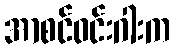
အာစင်ဝင်းဂါးက